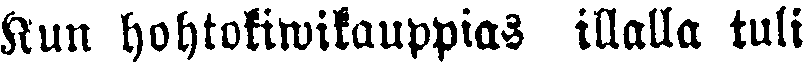
Kun hohtokiwikauppias illalla tuli